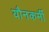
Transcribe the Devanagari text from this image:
यौनकर्मी